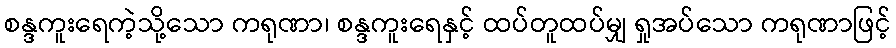
စန္ဒကူးရေကဲ့သို့သော ကရုဏာ၊ စန္ဒကူးရေနှင့် ထပ်တူထပ်မျှ ရှုအပ်သော ကရုဏာဖြင့်